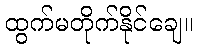
ထွက်မတိုက်နိုင်ချေ။